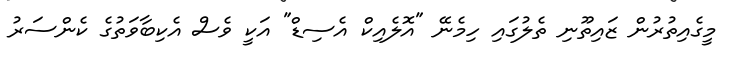
މީގެއިތުރުން ޒައިތޫނި ތެލުގައި ހިމެނޭ "އޮލެއިކް އެސިޑް" އަކީ ވެސް އެކިބާވަތުގެ ކެންސަރު